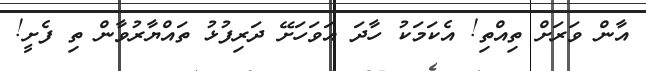
އާން ވަރަށް ތިއްތި! އެކަމަކު ހާދަ އަވަހަށޭ ދަރިފުޅު ތައްޔާރުވާން ތި ފެށީ!